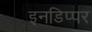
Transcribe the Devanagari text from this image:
इनडिप्पर